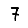
Digit: 7